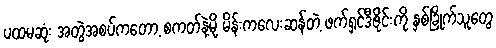
ပထမဆုံး အတွဲအစပ်ကတော့ စကတ်နဲ့မို့ မိန်းကလေးဆန်တဲ့ ဖက်ရှင်ဒီဇိုင်းကို နှစ်ခြိုက်သူတွေ